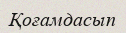
Қоғамдасып